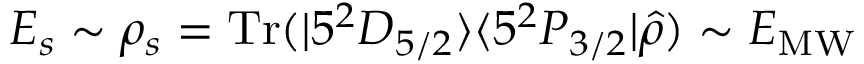
E _ { s } \sim \rho _ { s } = \mathrm { T r } ( | 5 ^ { 2 } D _ { 5 / 2 } \rangle \langle 5 ^ { 2 } P _ { 3 / 2 } | \hat { \rho } ) \sim E _ { \mathrm { M W } }